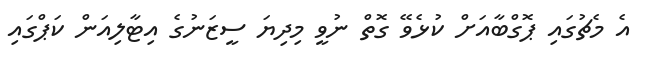
އެ މެޗުގައި ޕޮގްބާއަށް ކުޅެވޭ ގޮތް ނުވީ މިދިޔަ ސީޒަނުގެ އިޓާލިއަން ކަޕްގައި